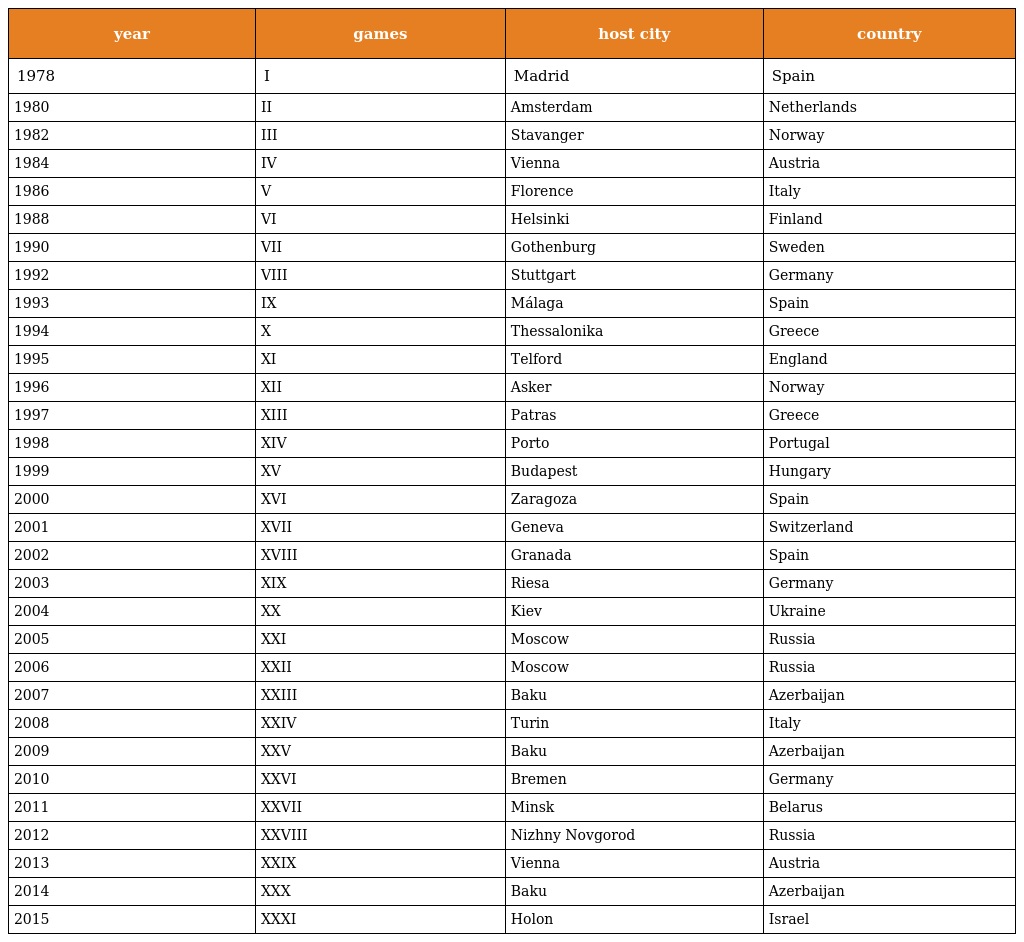
| year | games | host city | country |
 | --- | --- | --- | --- |
 | 1978 | I | Madrid | Spain |
 | 1980 | II | Amsterdam | Netherlands |
 | 1982 | III | Stavanger | Norway |
 | 1984 | IV | Vienna | Austria |
 | 1986 | V | Florence | Italy |
 | 1988 | VI | Helsinki | Finland |
 | 1990 | VII | Gothenburg | Sweden |
 | 1992 | VIII | Stuttgart | Germany |
 | 1993 | IX | Málaga | Spain |
 | 1994 | X | Thessalonika | Greece |
 | 1995 | XI | Telford | England |
 | 1996 | XII | Asker | Norway |
 | 1997 | XIII | Patras | Greece |
 | 1998 | XIV | Porto | Portugal |
 | 1999 | XV | Budapest | Hungary |
 | 2000 | XVI | Zaragoza | Spain |
 | 2001 | XVII | Geneva | Switzerland |
 | 2002 | XVIII | Granada | Spain |
 | 2003 | XIX | Riesa | Germany |
 | 2004 | XX | Kiev | Ukraine |
 | 2005 | XXI | Moscow | Russia |
 | 2006 | XXII | Moscow | Russia |
 | 2007 | XXIII | Baku | Azerbaijan |
 | 2008 | XXIV | Turin | Italy |
 | 2009 | XXV | Baku | Azerbaijan |
 | 2010 | XXVI | Bremen | Germany |
 | 2011 | XXVII | Minsk | Belarus |
 | 2012 | XXVIII | Nizhny Novgorod | Russia |
 | 2013 | XXIX | Vienna | Austria |
 | 2014 | XXX | Baku | Azerbaijan |
 | 2015 | XXXI | Holon | Israel |